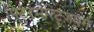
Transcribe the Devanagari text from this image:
पिटरमैरिट्ज़बर्ग